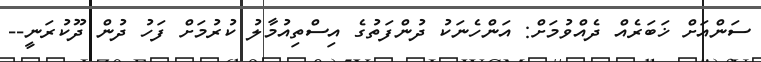
ސަންއަށް ޚަބަރެއް ދެއްވުމަށް: އަންހެނަކު ދުންފަތުގެ އިސްތިއުމާލު ކުރުމަށް ފަހު ދުން ދޫކުރަނީ--